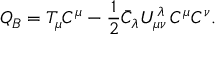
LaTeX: Q _ { B } = T _ { \mu } C ^ { \mu } - \frac { 1 } { 2 } \bar { C } _ { \lambda } U _ { \mu \nu } ^ { \lambda } \, C ^ { \mu } C ^ { \nu } .